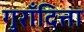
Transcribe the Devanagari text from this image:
गुराँदित्ता